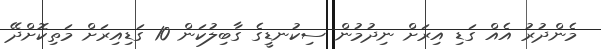
މެންދުރު އެއް ގަޑި އިރަށް ނިދުމުން ސިކުނޑީގެ ގާބިލުކަން 10 ގަޑިއިރަށް މަތިކޮށްދޭ